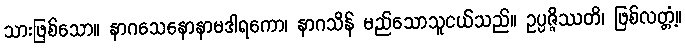
သားဖြစ်သော။ နာဂသေနောနာမဒါရကော၊ နာဂသိန် မည်သောသူငယ်သည်။ ဥပ္ပဇ္ဇိဿတိ၊ ဖြစ်လတ္တံ့။